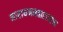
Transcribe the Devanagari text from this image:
नारायणमहाराजांचा